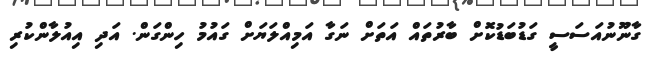
ގާނޫނުއަސަސީ ގަޑުބަޑުކޮށް ބާރުތައް އަތަށް ނަގާ އަމިއްލަޔަށް ގައުމު ހިންގަން. އަދި އިއުލާންކުރި